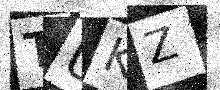
Text: TUKZ